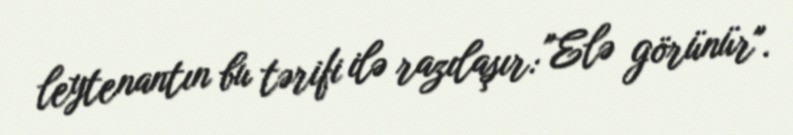
leytenantın bu tərifi ilə razılaşır: "Elə görünür".